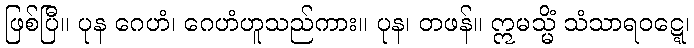
ဖြစ်ပြီ။ ပုန ဂေဟံ၊ ဂေဟံဟူသည်ကား။ ပုန၊ တဖန်။ ဣမသ္မိံ သံသာရဝဋ္ဋေ၊